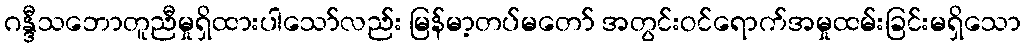
ဂန္ဒီသဘောတူညီမှုရှိထားပါသော်လည်း မြန်မာ့တပ်မတော် အတွင်းဝင်ရောက်အမှုထမ်းခြင်းမရှိသော